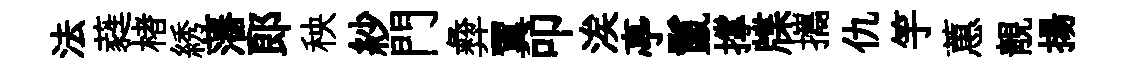
法蕤楮綉藩郞秧紗門彜翼叩涘亭鬣撑牒攜仇竽蕙靚揚